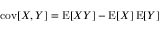
\operatorname { c o v } [ X , Y ] = \operatorname { E } [ X Y ] - \operatorname { E } [ X ] \operatorname { E } [ Y ]